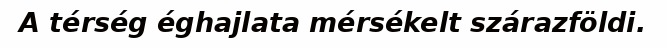
A térség éghajlata mérsékelt szárazföldi.